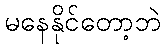
မနေနိုင်တော့ဘဲ